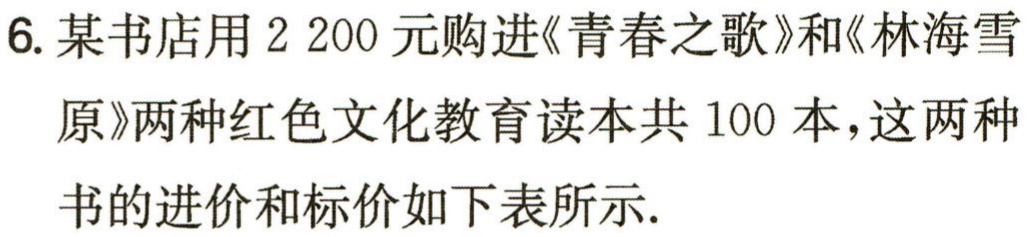
6. 某书店用$2200$元购进《青春之歌》和《林海雪

原》两种红色文化教育读本共$100$本，这两种

书的进价和标价如下表所示.